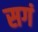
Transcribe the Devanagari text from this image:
सगं